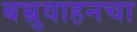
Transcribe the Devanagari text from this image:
बभ्रुवाहनचा